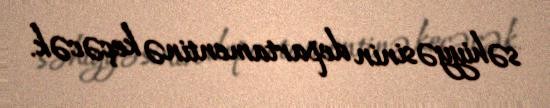
səhiyyəsinin departamentinə keçəcək.